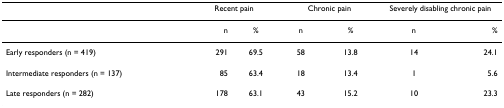
<table><thead><tr><td></td><td colspan="2"><b>Recent pain</b></td><td colspan="2"><b>Chronic pain</b></td><td colspan="2"><b>Severely disabling chronic pain</b></td></tr></thead><tbody><tr><td></td><td>n</td><td>%</td><td>n</td><td>%</td><td>n</td><td>%</td></tr><tr><td>Early responders (n = 419)</td><td>291</td><td>69.5</td><td>58</td><td>13.8</td><td>14</td><td>24.1</td></tr><tr><td>Intermediate responders (n = 137)</td><td>85</td><td>63.4</td><td>18</td><td>13.4</td><td>1</td><td>5.6</td></tr><tr><td>Late responders (n = 282)</td><td>178</td><td>63.1</td><td>43</td><td>15.2</td><td>10</td><td>23.3</td></tr></tbody></table>